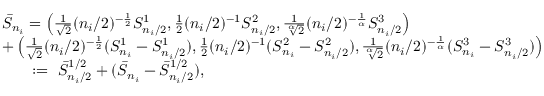
\begin{array} { r l } & { \bar { S } _ { n _ { i } } = \left( \frac { 1 } { \sqrt { 2 } } ( n _ { i } / 2 ) ^ { - \frac { 1 } { 2 } } S _ { n _ { i } / 2 } ^ { 1 } , \frac { 1 } { 2 } ( n _ { i } / 2 ) ^ { - 1 } S _ { n _ { i } / 2 } ^ { 2 } , \frac { 1 } { \sqrt [ \alpha ] { 2 } } ( n _ { i } / 2 ) ^ { - \frac { 1 } { \alpha } } S _ { n _ { i } / 2 } ^ { 3 } \right) } \\ & { + \left( \frac { 1 } { \sqrt { 2 } } ( n _ { i } / 2 ) ^ { - \frac { 1 } { 2 } } ( S _ { n _ { i } } ^ { 1 } - S _ { n _ { i } / 2 } ^ { 1 } ) , \frac { 1 } { 2 } ( n _ { i } / 2 ) ^ { - 1 } ( S _ { n _ { i } } ^ { 2 } - S _ { n _ { i } / 2 } ^ { 2 } ) , \frac { 1 } { \sqrt [ \alpha ] { 2 } } ( n _ { i } / 2 ) ^ { - \frac { 1 } { \alpha } } ( S _ { n _ { i } } ^ { 3 } - S _ { n _ { i } / 2 } ^ { 3 } ) \right) } \\ & { \mathrm { \ ~ \ ~ \ } : = \ \bar { S } _ { n _ { i } / 2 } ^ { 1 / 2 } + ( \bar { S } _ { n _ { i } } - \bar { S } _ { n _ { i } / 2 } ^ { 1 / 2 } ) , } \end{array}